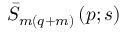
\bar { S } _ { m ( q + m ) } \left( p ; s \right)